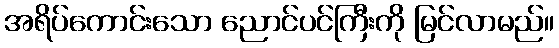
အရိပ်ကောင်းသော ညောင်ပင်ကြီးကို မြင်လာမည်။